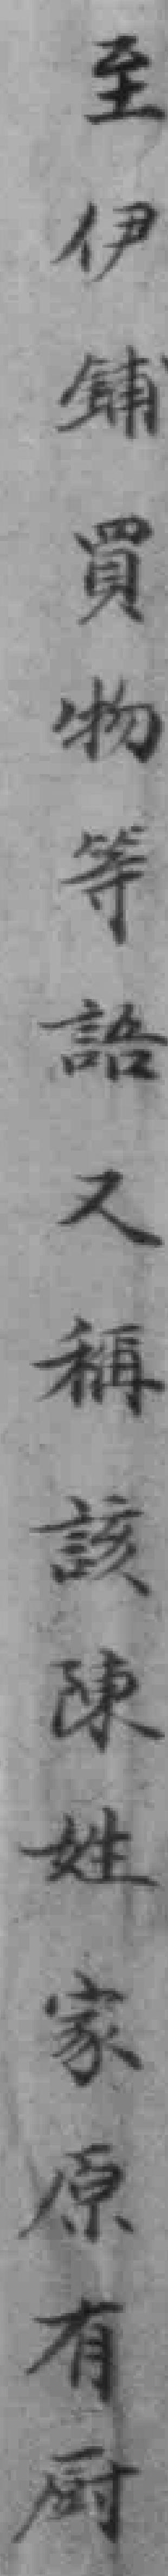
至伊铺買物等語又該陳姓家原有厨